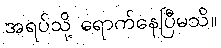
အရပ်သို့ ရောက်နေပြီမသိ။